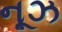
નૂઝ